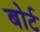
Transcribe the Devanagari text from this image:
बोर्ट